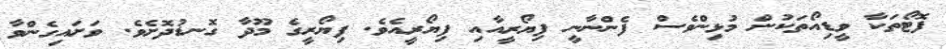
ފޮޓޯތަކާ ވީޑިއޯތަކުން މުޅިންވެސް ފެންނާނީ ފިޔޯރީއާއި ފިޔޯރީއެވެ. ފިޔޯރީގެ މޫދާ ގޮނޑުދޮށެވެ. ވަށައިގެންވާ